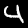
Label: 4